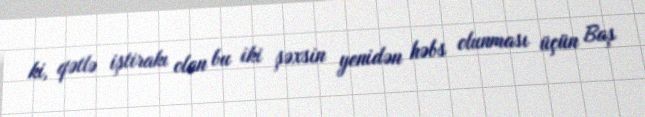
ki, qətlə iştirakı olan bu iki şəxsin yenidən həbs olunması üçün Baş